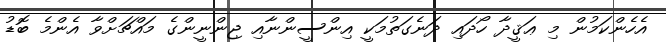
އެހެންކަމުން މި ޢަޤީދާ ހޯދައި ދަނެގަތުމަކީ އިންސީންނާއި ޖިންނީންގެ މައްޗަށްވާ އެންމެ ބޮޑު